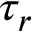
\tau _ { r }